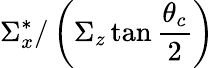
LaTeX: \Sigma_{x}^{*}/\left(\Sigma_{z}\tan\frac{\theta_{c}}{2}\right)